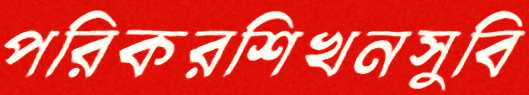
পরিকরশিখনসুবি